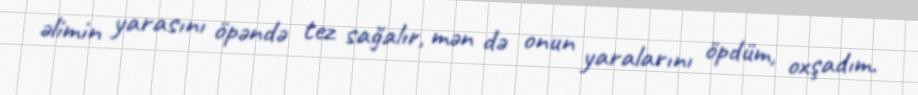
əlimin yarasını öpəndə tez sağalır, mən də onun yaralarını öpdüm, oxşadım.